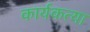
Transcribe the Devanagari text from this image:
कार्यकत्या